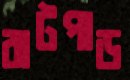
বাটপাড়